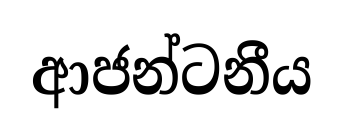
ආජන්ටනීය